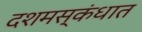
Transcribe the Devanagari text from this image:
दशमस्कंधात